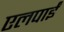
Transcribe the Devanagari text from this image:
एलपाईं